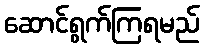
ဆောင်ရွက်ကြရမည်